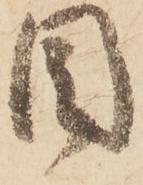
目